Annual report of lunatic asylums [Bombay] - 1912-1922
Year: 1912
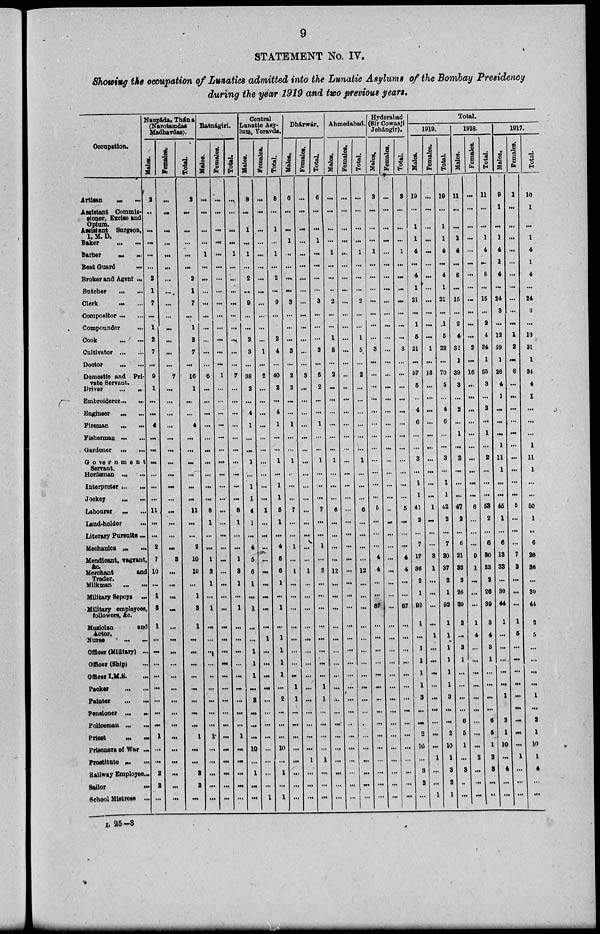
9
STATEMENT No. IV.
Showing the occupation of Lunatics admitted into the Lunatic Asylums of the Bombay Presidency
during the year 1919 and two previous years.
Occupation.
Artisan ... ...
Assistant Commis-
sioner, Excise and
Opium.
Assistant Surgeon,
I. M. D.
Baker
...
...
Barber
...
...
Beat Guard
...
Broker and Agent ...
Butcher ... ...
Clerk ... ...
Compositor ... ...
Compounder ...
Cook
...
...
Cultivator
...
...
Doctor
...
...
Domestic and Pri-
vate Servant.
Driver
...
...
Embroiderer ... ...
Engineer
...
...
Fireman ... ...
Fisherman ... ...
Gardener ... ...
Government
Servant.
Herdsman ... ...
Interpreter ... ...
Jockey
...
...
Labourer
...
...
Land-holder
...
Literary Pursuits ...
Mechanics ... ...
Mendicant, vagrant,
&c.
Merchant
and
Trader.
Milkman ... ...
Military Sepoys ...
Military employees,
followers, &c.
Musician
and
Actor.
Nurse
...
...
Officer (Military) ...
Officer (Ship) ...
Officer I.M.S. ...
Packer
...
...
Painter
...
...
Pensioner ... ...
Policeman ...
...
Priest
...
...
Prisoners of War ...
Prostitute ... ...
Railway Employee ...
Sailor
...
School Mistress ...
Naupáda, Thána
(Narotamdas
Madhavdas).
Males.
2
...
...
...
...
...
2
1
7
...
1
2
7
...
9
1
...
...
4
...
...
...
...
...
...
11
...
...
2
7
10
...
1
3
1
...
...
...
...
...
...
...
...
1
...
...
2
2
...
Females.
...
...
...
...
...
...
...
...
...
...
...
...
...
...
7
...
...
...
...
...
...
...
...
...
...
...
...
...
...
3
...
...
...
...
...
...
...
...
...
...
...
...
...
...
...
...
...
...
...
Total
2
...
...
...
...
...
2
1
7
...
1
2
7
...
16
1
...
...
4
...
...
...
...
...
...
11
...
...
2
10
10
...
1
3
1
...
...
...
...
...
...
...
...
1
...
...
2
2
...
Ratnágiri.
Males.
...
...
...
...
1
...
...
...
...
...
...
...
...
...
6
...
...
...
...
...
...
...
...
...
...
8
1
...
...
1
3
1
...
1
...
...
...
...
..
...
...
...
...
1
...
...
...
...
...
Females.
...
...
...
...
...
...
...
...
...
...
...
...
...
...
1
...
...
...
...
...
...
...
...
...
...
...
...
...
...
...
...
...
...
...
...
...
...
...
...
...
...
...
...
...
...
...
...
...
...
Total.
...
...
...
...
1
...
...
...
...
...
...
...
...
...
7
...
...
...
...
...
...
...
...
...
...
8
1
...
...
1
3
1
...
1
...
...
...
...
...
...
...
...
...
1
...
...
...
...
...
Central
Lunatic Asy-
lum, Yeravda.
Males.
8
...
1
...
1
...
2
...
9
...
...
2
3
...
38
2
...
4
1
...
...
1
...
1
1
4
1
...
4
5
6
1
...
1
...
...
1
1
1
...
2
...
...
...
10
...
1
...
...
Females.
...
...
...
...
...
...
...
...
...
...
...
...
1
...
2
...
...
...
...
...
...
...
...
...
...
1
...
...
...
...
...
...
...
...
...
1
...
...
...
...
...
...
...
...
...
...
...
...
1
Total.
8
...
1
...
1
...
2
...
9
...
...
2
4
...
40
2
...
4
1
...
...
1
...
1
1
5
1
...
4
5
6
1
...
1
...
1
1
1
1
...
2
...
...
...
10
...
1
...
1
Dhárwár.
Males.
6
...
...
1
...
...
...
...
3
...
...
...
3
...
2
2
...
...
1
...
...
1
...
...
...
7
...
...
1
...
1
...
...
...
...
...
...
...
...
1
1
...
...
...
...
...
...
...
...
Females.
...
...
...
...
...
...
...
...
...
...
...
...
...
...
3
...
...
...
...
...
...
...
...
...
...
...
...
...
...
...
1
...
...
...
...
...
...
...
...
...
...
...
...
...
...
1
...
...
...
Total.
6
...
...
1
...
...
...
...
3
...
...
...
3
...
5
2
...
...
1
...
...
1
...
...
...
7
...
...
1
...
2
...
...
...
...
...
...
...
...
1
1
...
...
...
...
1
...
...
...
Ahmedabad
Males.
...
...
...
...
1
...
...
...
2
...
...
1
5
...
2
...
...
...
...
...
...
1
...
...
...
6
...
...
...
...
12
...
...
...
...
...
...
...
...
...
...
...
...
...
...
...
...
...
...
Females.
...
...
...
...
...
...
...
...
...
...
...
...
...
...
...
...
...
...
...
...
...
...
...
...
...
...
...
...
...
...
...
...
...
...
...
...
...
...
...
...
...
...
..
...
...
...
...
...
...
Total.
...
...
...
...
1
...
...
...
2
...
...
1
5
...
2
...
...
...
...
...
...
1
...
...
...
6
...
...
...
...
12
...
...
...
...
...
...
...
...
...
...
...
...
...
...
...
...
...
...
Hyderabad
(Sir Cowasji
Jehángir).
Males.
3
...
...
...
1
...
...
...
...
...
...
...
3
...
...
...
...
...
...
...
...
...
...
...
...
5
...
...
...
4
4
...
...
87
...
...
...
...
...
...
...
...
...
...
...
...
...
...
...
Females.
...
...
...
...
...
...
...
...
...
...
...
...
...
...
...
...
...
...
...
...
...
...
...
...
...
...
...
...
...
...
...
...
...
...
...
...
...
...
...
...
...
...
...
...
...
...
...
...
...
Total.
3
...
...
...
1
...
...
...
...
...
...
...
3
...
...
...
...
...
...
...
...
...
...
...
...
5
...
...
...
4
4
...
...
87
...
...
...
...
...
...
...
...
...
...
...
...
...
...
...
Total.
1919.
Males.
19
...
1
1
4
...
4
1
21
...
1
5
21
...
57
5
...
4
6
...
...
3
...
1
1
41
2
...
7
17
36
2
1
92
1
...
1
1
1
1
3
...
...
2
10
...
3
2
...
Females.
...
...
...
...
...
...
...
...
...
...
...
...
1
...
13
...
...
...
...
...
...
...
...
...
...
1
...
...
...
3
1
...
...
...
...
1
...
...
...
...
...
...
...
...
...
1
...
...
1
Total.
19
...
1
1
4
...
4
1
21
...
1
5
22
...
70
5
...
4
6
...
...
3
...
1
1
42
2
...
7
20
37
2
1
92
1
1
1
1
1
1
3
...
...
2
10
1
3
2
1
1918.
Males.
11
...
...
1
4
...
5
...
15
...
2
4
32
1
39
3
...
2
...
1
...
2
...
...
...
47
2
...
6
21
32
2
26
39
2
...
3
1
...
...
...
...
6
5
1
...
3
...
...
Females.
...
...
...
...
...
...
...
...
...
...
...
...
2
...
16
...
...
...
...
...
...
...
...
...
...
6
...
...
...
9
1
...
...
...
1
4
...
...
...
...
...
...
...
...
...
2
...
...
...
Total.
11
...
...
1
4
...
5
...
15
...
2
4
34
1
55
3
...
2
...
1
...
2
...
...
...
53
2
...
6
30
33
2
26
39
3
4
3
1
...
...
...
...
6
5
1
2
3
...
...
1917.
Males.
9
1
...
1
4
1
4
...
24
3
...
12
29
1
26
4
1
...
...
...
1
11
1
...
...
45
1
...
6
13
33
...
30
44
1
...
...
...
...
...
1
...
2
1
10
...
4
...
...
Females.
1
...
...
...
...
...
...
...
...
...
...
1
2
...
8
...
...
...
...
...
...
...
...
...
...
5
...
...
...
7
3
...
...
...
1
5
...
...
...
...
...
...
...
...
...
1
...
...
...
Total.
10
1
...
1
4
1
4
...
24
3
...
13
31
1
34
4
1
...
...
...
1
11
1
...
...
50
1
...
6
20
36
...
30
44
2
5
...
...
...
...
1
...
2
1
10
1
4
...
...
L 25-3